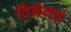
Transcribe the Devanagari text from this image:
दिबंगत